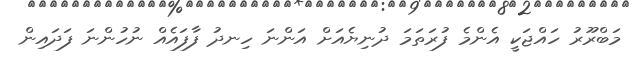
މަބްރޫރު ހައްޖަކީ އެންމެ ފުރަތަމަ ދުނިޔެއަށް އަންނަ ހިނދު ފާފައެއް ނުހުންނަ ފަދައިން